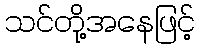
သင်တို့အနေဖြင့်